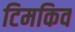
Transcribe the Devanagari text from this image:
टिमकिव